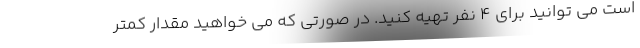
است می توانید برای ۴ نفر تهیه کنید. در صورتی که می خواهید مقدار کمتر